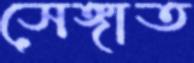
সেঙ্গাত